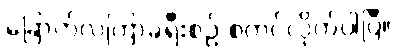
ခြောက်လကြာခရီးစဉ် စတင်လိုက်ပါပြီ။